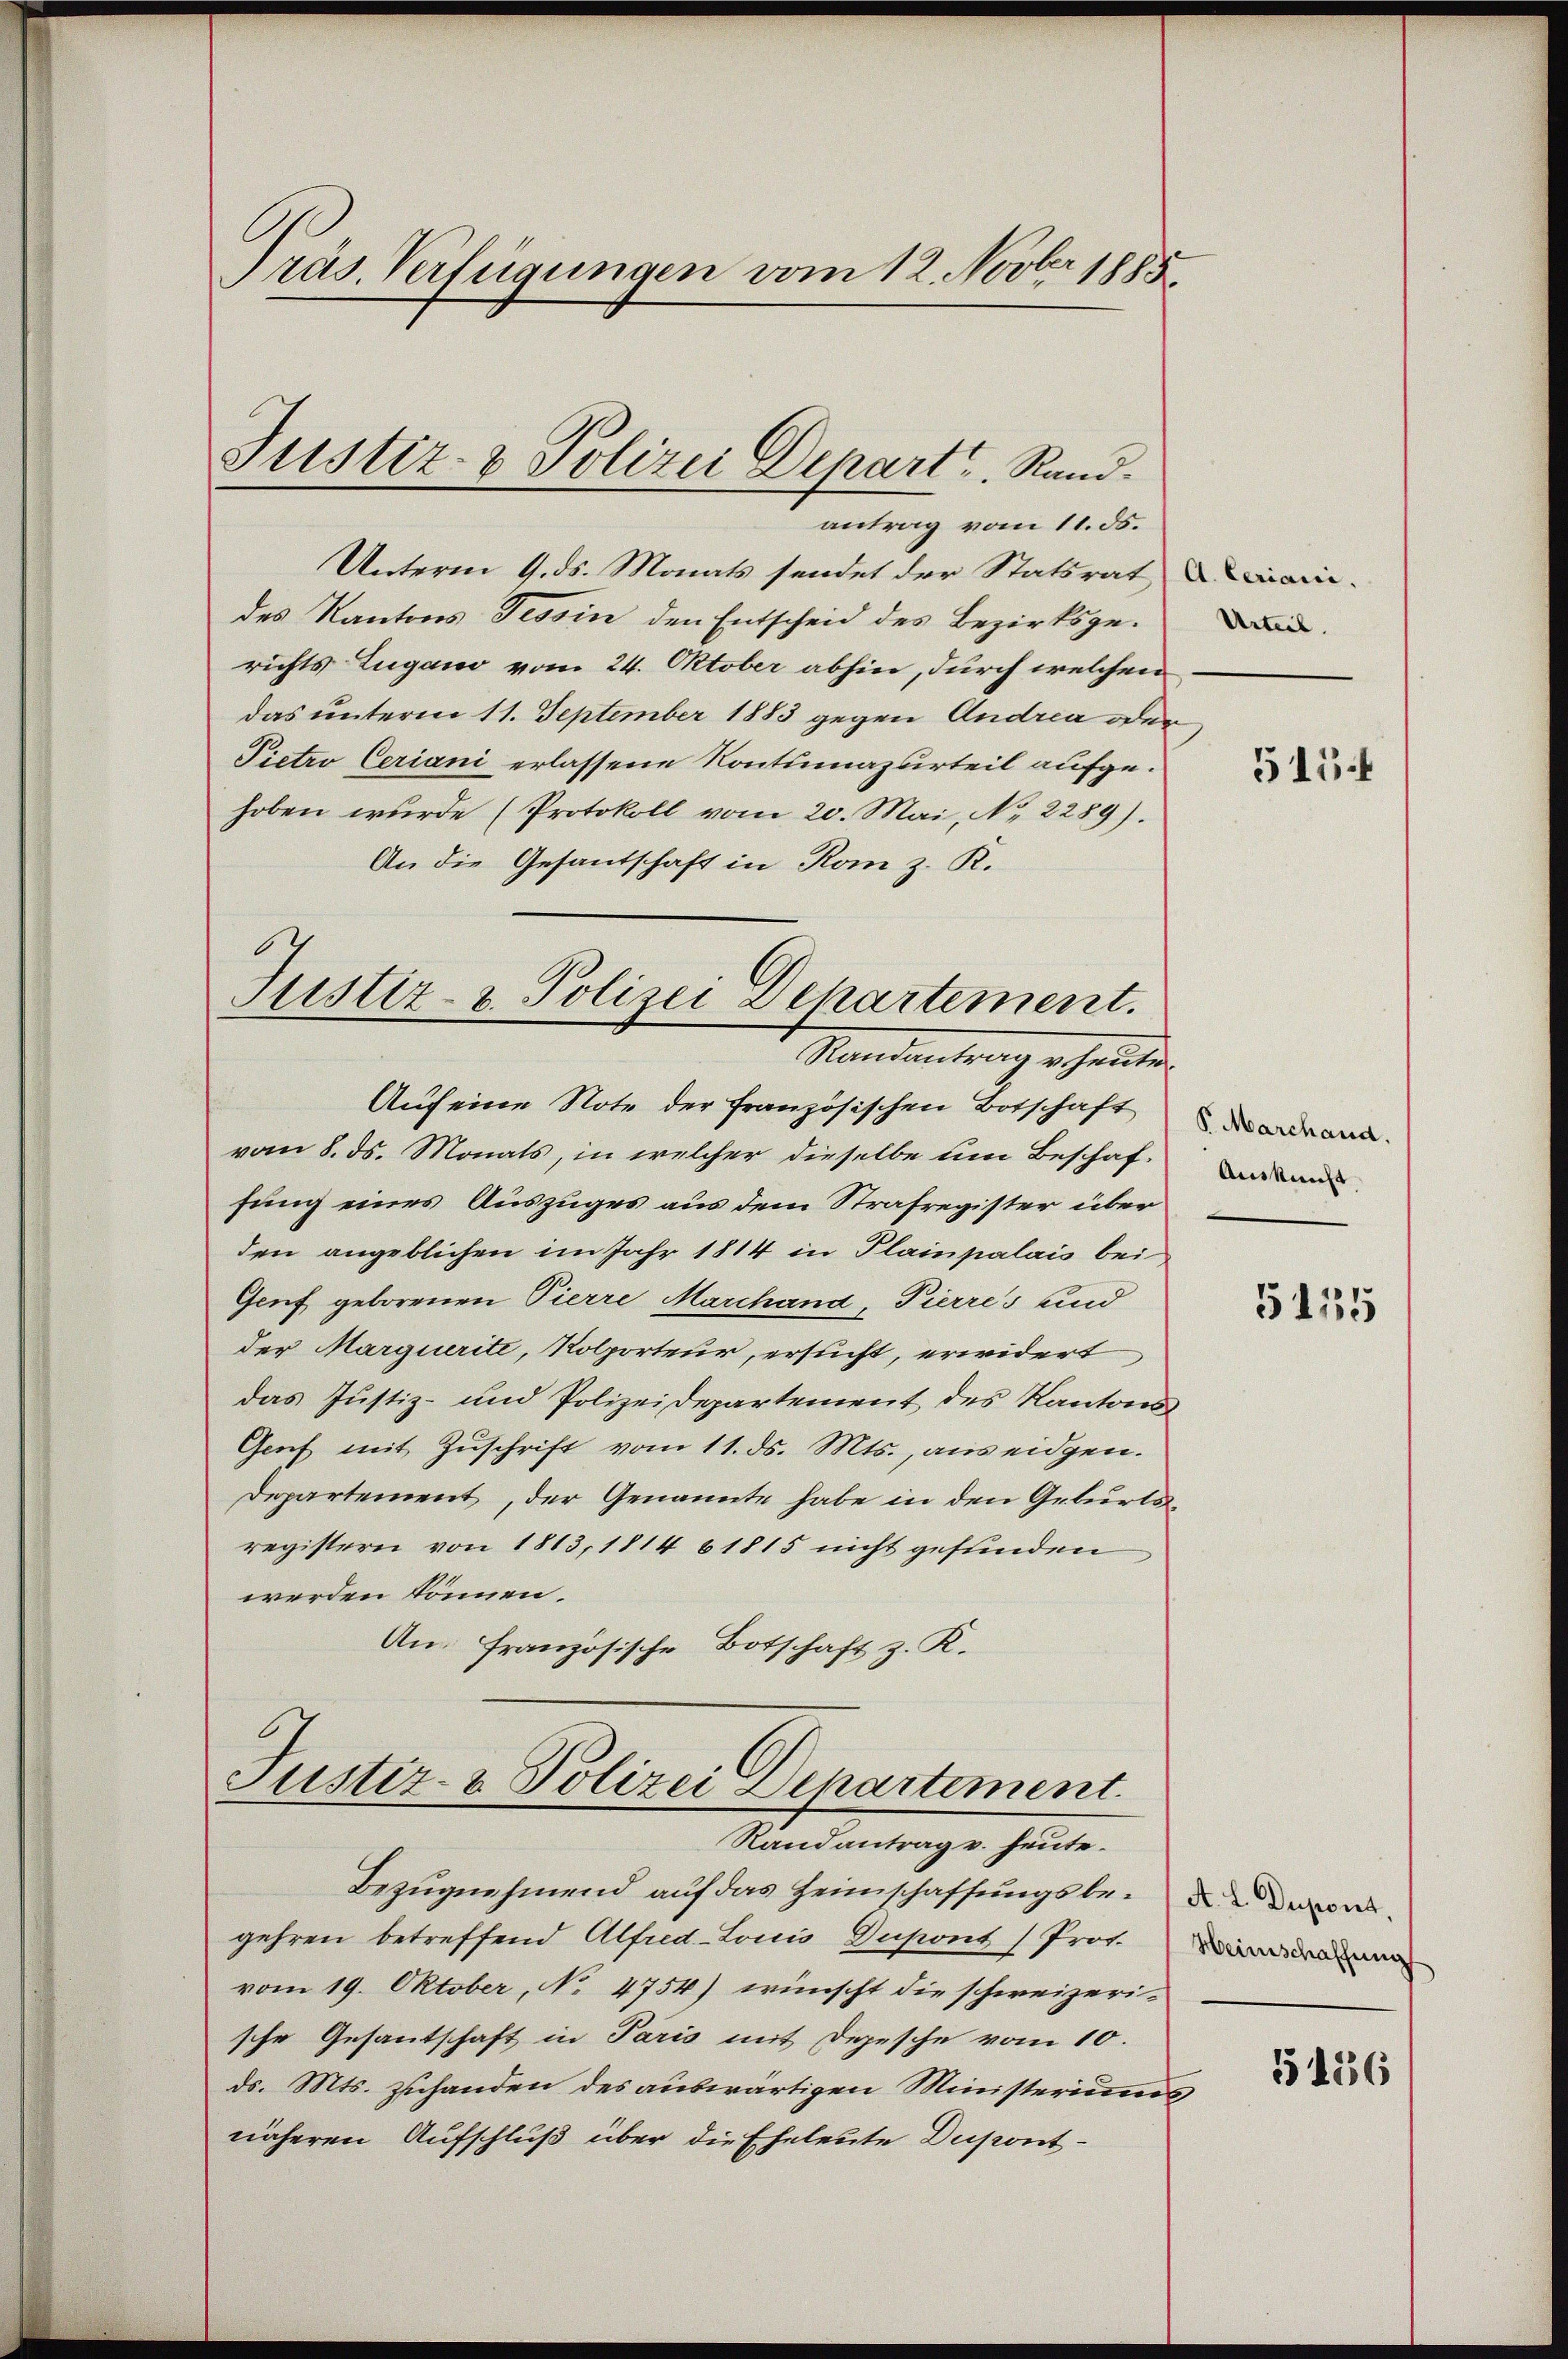
Präs. Verfügungen vom 12. Novber 1885

antrag vom 11. ds.
Unterm 9. ds. Monats sendet der Statsrat,
des Kantons Tessin den Entscheid des Bezirksgerichts Lugano vom 24. Oktober abhin, durch welchen
das unterm 11. September 1883 gegen Andrea oder
Pietro Ceriani erlassene Kontumazurteil aufgehoben wurde (Protokoll vom 20. Mai, No 2289).
An die Gesantschaft in Rom z. K.
vom 8. ds. Monats, in welcher dieselbe um Beschaf-
fung eines Auszuges aus dem Strafregister über
den angeblichen im Jahr 1814 in Plainpalais bei
Genf geborenen Pierre Marchand, Pierres und
der Marquerite, Kolporteur, ersucht, erwidert
das Justiz- und Polizeidepartement des Kantons
Genf mit Zŭschrift vom 11. ds. Mts., aus eidgen.
Departement, der Genannte habe in den Geburtsregistern von 1813, 1814 61815 nicht gefunden
werden können.
An Französische Botschaft z. R.

Justiz- & Polizei Depart. Rand.

Justiz- & Polizei Departement.
Randantrag v. heute.
Auf eine Note der französischen Botschaft

Justiz- & Polizei Departement.
Randantrag v. heute.

e

Bezugnehmend auf das Heimschaffungsbe¬ die der
gehren betreffend Alfred-Louis Dupont (Prot. der
vom 19. Oktober, No. 4754) wünscht die schweizerische Gesantschaft in Paris mit Depesche vom 10.
ds. Mts. zuhanden des auswärtigen Ministeriums
näheren Aufschluß über die Eheleute Dupont¬

A. Ceriani.
Urteil.

515.

P. Marchaud.
Auskunft

5115

5116